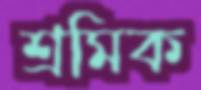
শ্রমিক